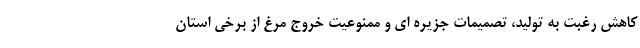
کاهش رغبت به تولید، تصمیمات جزیره ای و ممنوعیت خروج مرغ از برخی استان